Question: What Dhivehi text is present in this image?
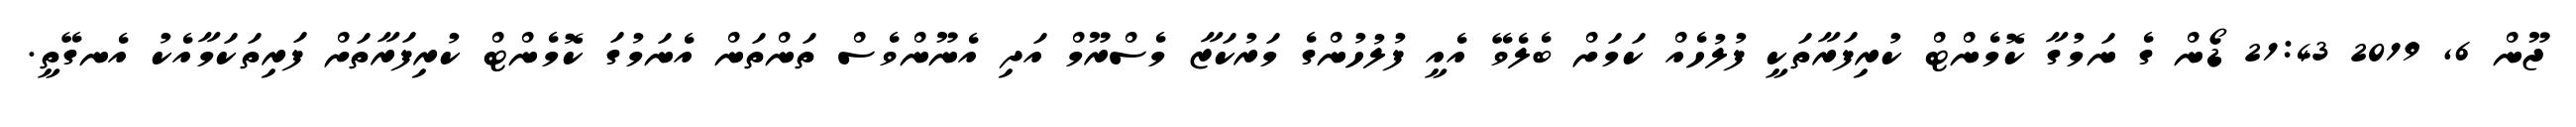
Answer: ޖޫން 6, 2019 21:43 ޑޯން ގެ ނަމުގާ ކޮމެންޓް ކުރިފަރާތަކީ ފުލުހެއް ކަމަށް ބެލެވޭ އެއީ ފުލުހުންގެ މަރުކަޒާ މެސްރޫމް އަދި އެނޫންވެސް ތަންތަން އެނަމުގަ ކޮމެންޓް ކުރިފަރާތަށް ފަރިތަކަމާއެކު އެނގޭތީ.